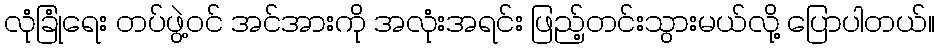
လုံခြုံရေး တပ်ဖွဲ့ဝင် အင်အားကို အလုံးအရင်း ဖြည့်တင်းသွားမယ်လို့ ပြောပါတယ်။